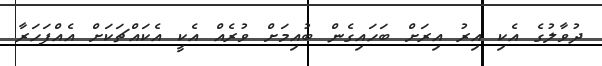
ދުވާލުގެ އެކި އިރު އިރަށް ބަހައިގެން ބުއިމަށް ވުރެއް އެކީ އެކައްޗަކަށް އެއްފަހަރާ